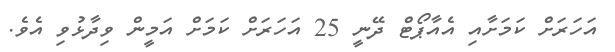
އަހަރަށް ކަމަށާއި އެއާޕޯޓް ދޭނީ 25 އަހަރަށް ކަމަށް އަމީން ވިދާޅުވި އެވެ.